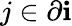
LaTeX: j\in\partial\mathbf{i}